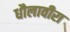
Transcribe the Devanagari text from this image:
धौलावीरा